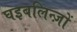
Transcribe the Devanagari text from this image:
घइबलिन्ज़ों